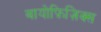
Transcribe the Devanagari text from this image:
बायोफ़िज़िक्स